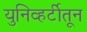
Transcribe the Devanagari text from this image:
युनिव्हर्टीतून